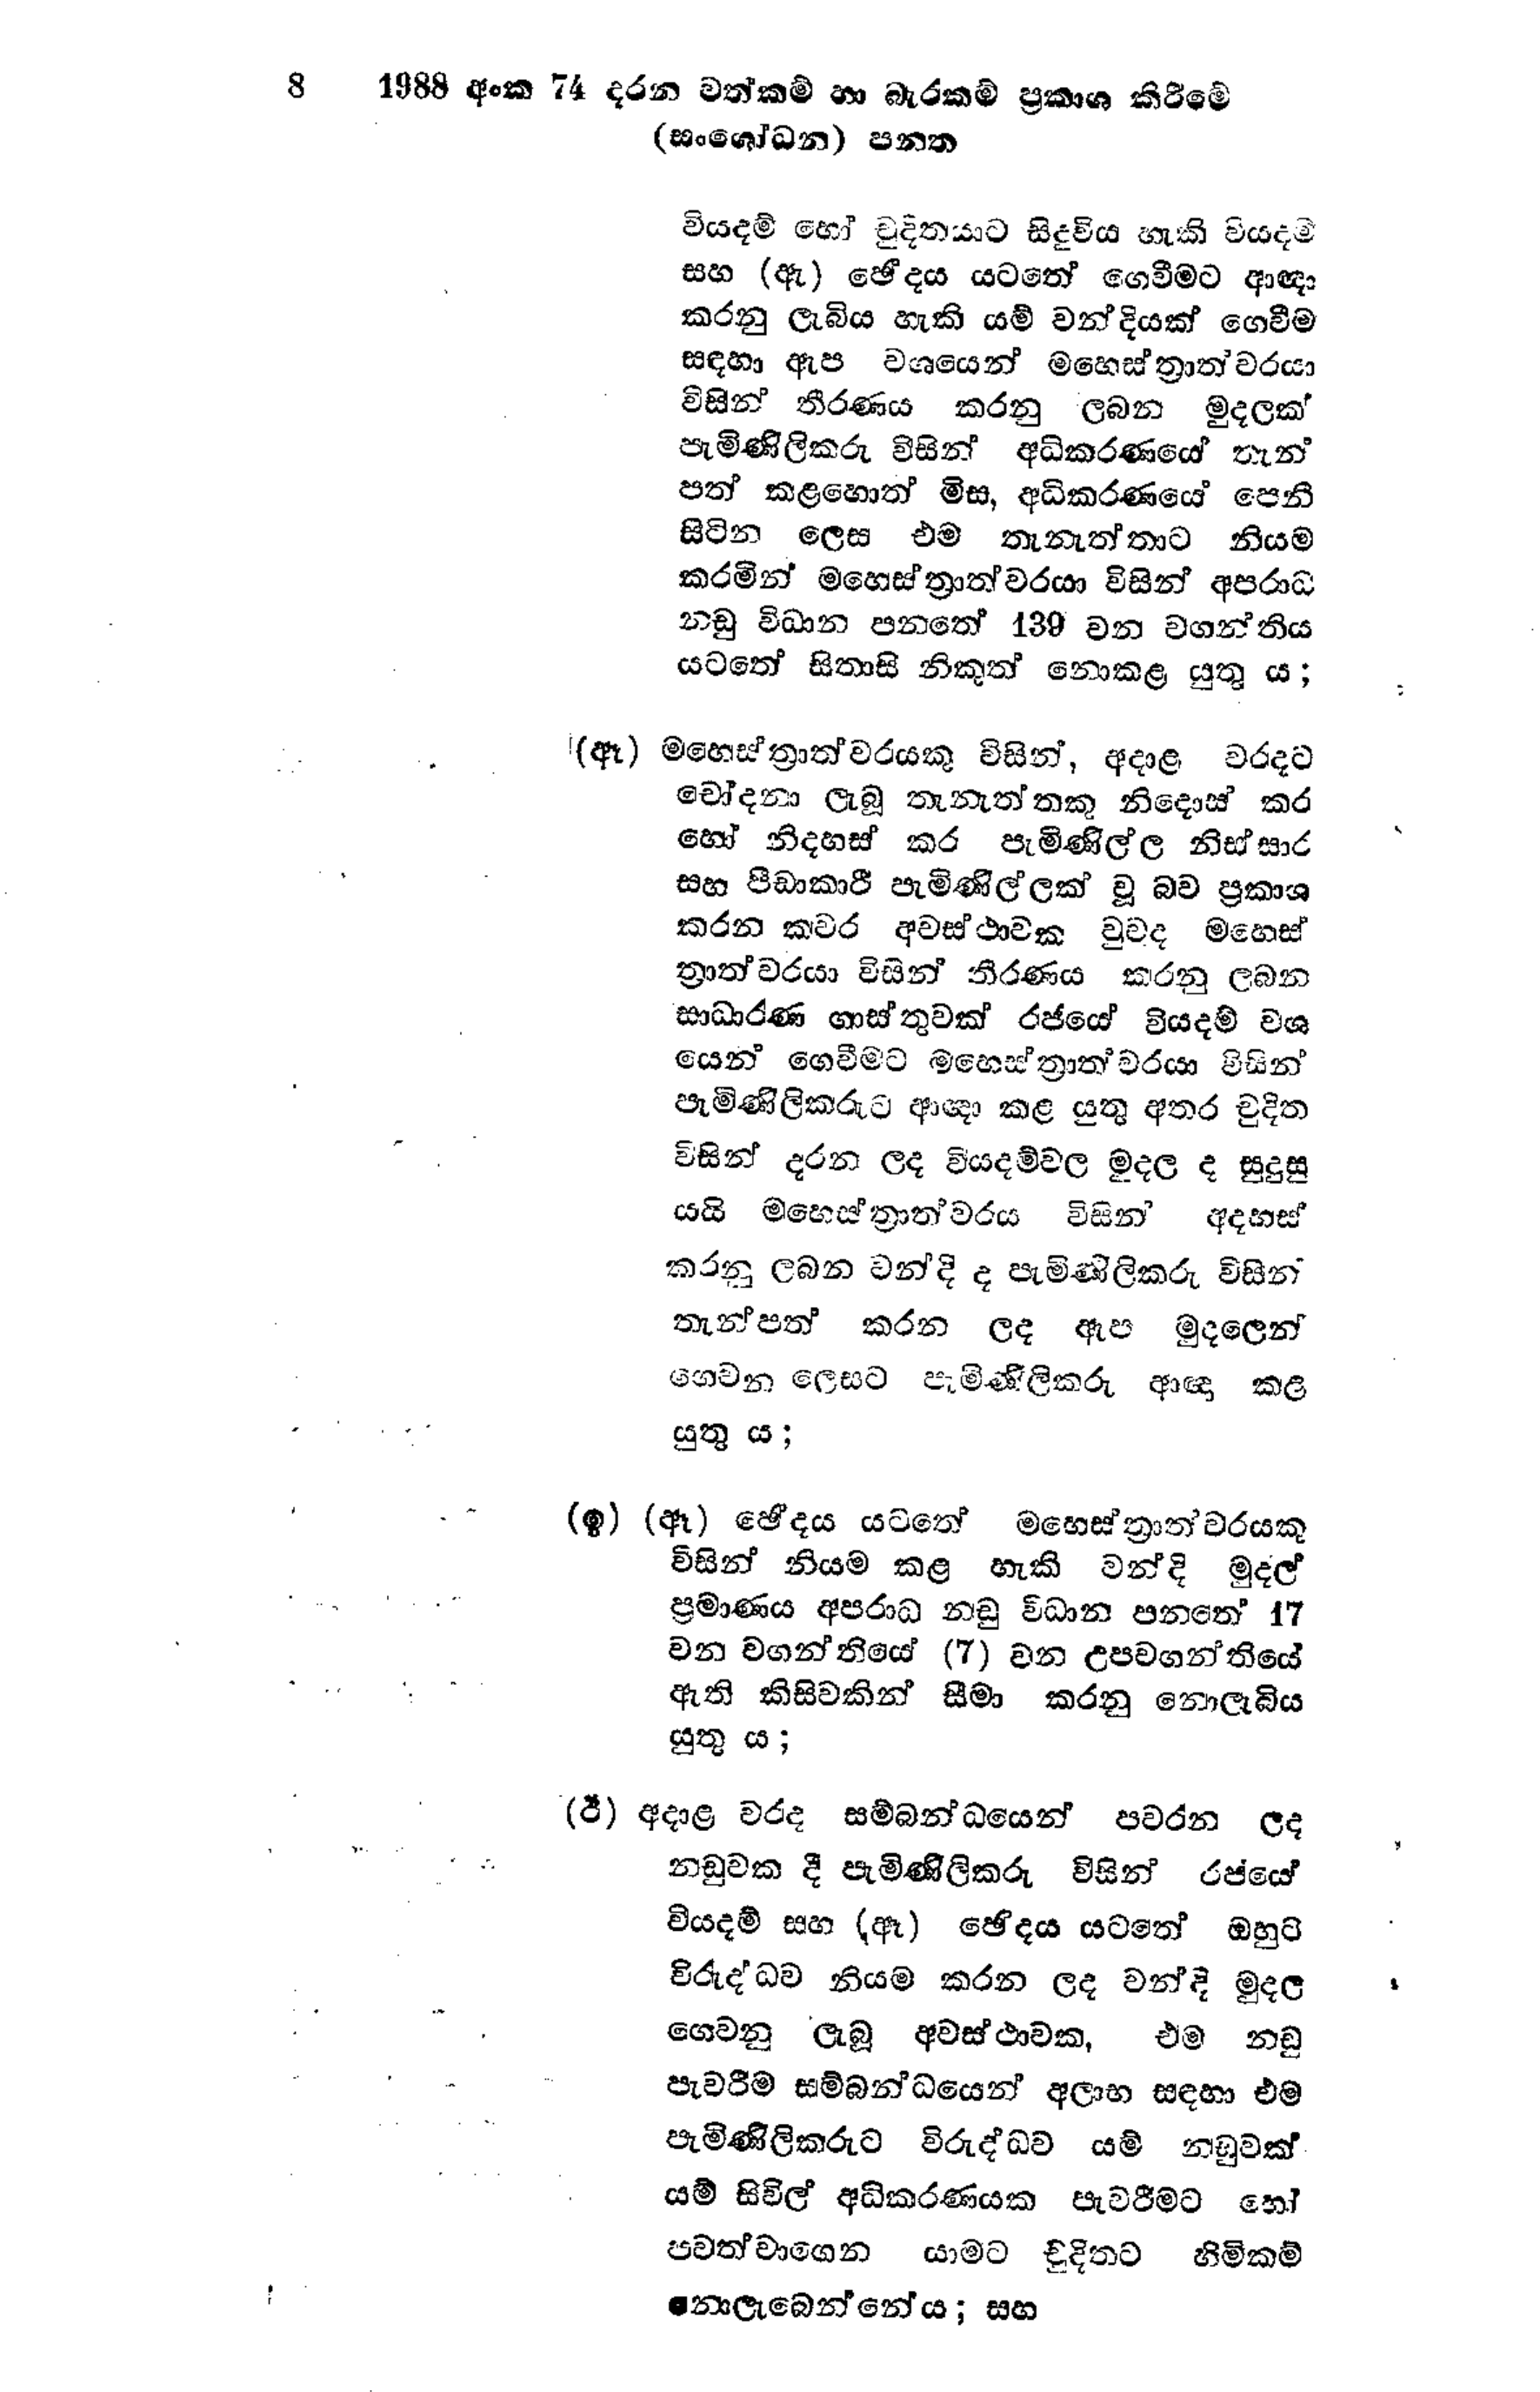
8 1988 අංක 74 දරන වත්කම් හා බැරකම් ප්‍රකාශ කිරීමේ
(සංශෝධන) පනත

වියදම් හෝ චුදිතයාට සිදුවිය හැකි වියදම්
සහ (ඇ) ඡේදය යටතේ ගෙවීමට ආඥා
කරනු ලැබිය හැකි යම් වන්දියක් ගෙවීම
සඳහා ඇප වශයෙන් මහෙස්ත්‍රාත්වරයා
විසින් තීරණය කරනු ලබන මුදලක්
පැමිණිලිකරු විසින් අධිකරණයේ තැන්
පත් කළහොත් මිස, අධිකරණයේ පෙනී
සිටින ලෙස එම තැනැත්තාට නියම
කරමින් මහෙස්ත්‍රාත්වරයා විසින් අපරාධ
නඩු විධාන පනතේ 139 වන වගන්තිය
යටතේ සිතාසි නිකුත් නොකළ යුතු ය;

(ඈ) මහෙස්ත්‍රාත්වරයකු විසින්, අදාළ වරදට
චෝදනා ලැබූ තැනැත්තකු නිදොස් කර
හෝ නිදහස් කර පැමිණිල්ල නිස්සාර
සහ පීඩාකාරී පැමිණිල්ලක් වූ බව ප්‍රකාශ
කරන කවර අවස්ථාවක වුව ද මහෙස්
ත්‍රාත්වරයා විසින් තීරණය කරනු ලබන
සාධාරණ ගාස්තුවක් රජයේ වියදම් වශ
යෙන් ගෙවීමට මහෙස්ත්‍රාත්වරයා විසින්
පැමිණිලිකරුට ආඥා කළ යුතු අතර චුදිත
විසින් දරන ලද වියදම්වල මුදල ද සුදුසු
යයි මහෙස්ත්‍රාත්වරය විසින් අදහස්
කරනු ලබන වන්දි ද පැමිණිලිකරු විසින්
තැන්පත් කරන ලද ඇප මුදලෙන්
ගෙවන ලෙසට පැමිණිලිකරු ආඥා කළ
යුතු ය;

(ඉ) (ඈ) ඡේදය යටතේ මහෙස්ත්‍රාත්වරයකු
විසින් නියම කළ හැකි වන්දි මුදල්
ප්‍රමාණය අපරාධ නඩු විධාන පනතේ 17
වන වගන්ති‍යේ(7) වන උපවගන්තියේ
ඇති කිසිවකින් සීමා කරනු නොලැබිය
යුතු ය;

(ඊ) අදාළ වරද සම්බන්ධයෙන් පවරන ලද
නඩුවක දී පැමිණිලිකරු විසින් රජයේ
වියදම් සහ (ඈ) ඡේදය යටතේ ඔහුට
විරුද්ධව නියම කරන ලද වන්දි මුදල
ගෙවනු ලැබූ අවස්ථාවක, එම නඩු
පැවරීම සම්බන්ධයෙන් අලාභ සඳහා එම
පැමිණිලිකරුට විරුද්ධව යම් නඩුවක්
යම් සිවිල් අධිකරණයක පැවරීමට හෝ
පවත්වාගෙන යාමට චුදිතට හිමිකම්
නොලැබෙන්නේය; සහ